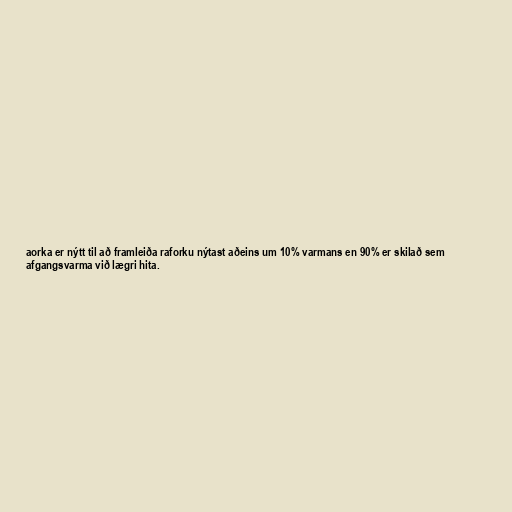
aorka er nýtt til að framleiða raforku nýtast aðeins um 10% varmans en 90% er skilað sem
afgangsvarma við lægri hita.